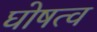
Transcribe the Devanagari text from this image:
घोषत्व